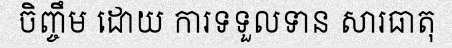
ចិញ្ចឹម ដោយ ការទទួលទាន សារធាតុ